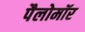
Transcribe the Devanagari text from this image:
पैलोमॉर